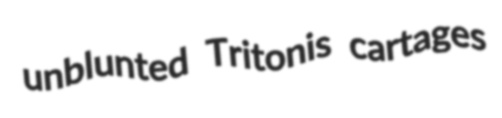
unblunted Tritonis cartages